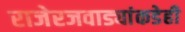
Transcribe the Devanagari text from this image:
राजेरजवाड्यांकडेही